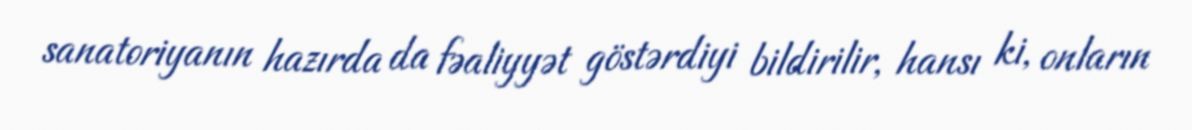
sanatoriyanın hazırda da fəaliyyət göstərdiyi bildirilir, hansı ki, onların